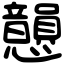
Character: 𢥫